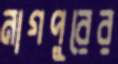
নাগপুরের